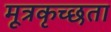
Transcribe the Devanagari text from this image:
मूत्रकृच्छता